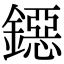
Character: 鐚